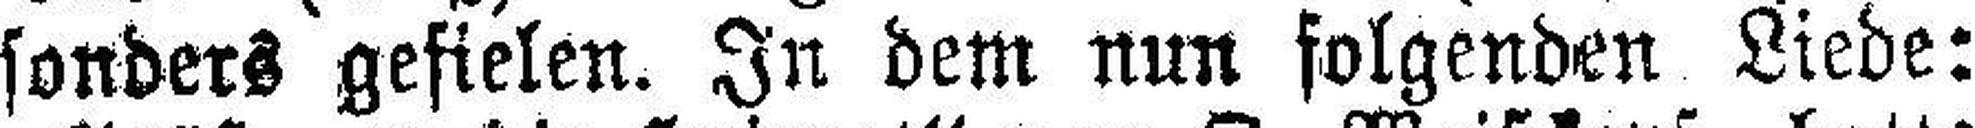
sonders gefielen. In dem nun folgenden Liede: